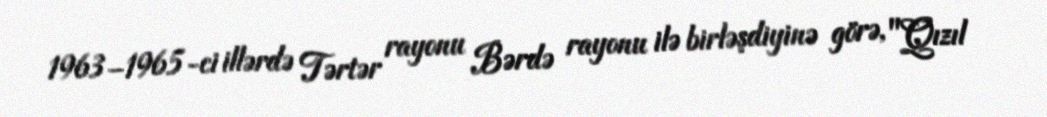
1963–1965-ci illərdə Tərtər rayonu Bərdə rayonu ilə birləşdiyinə görə, "Qızıl